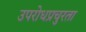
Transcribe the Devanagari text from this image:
उपरोधप्रचुरता